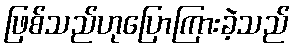
ဖြစ်သည်ဟုပြောကြားခဲ့သည်